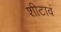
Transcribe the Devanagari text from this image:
शीटावं